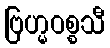
ဗြဟ္မဝစ္စသီ